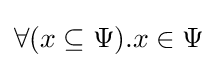
\forall (x\subseteq \Psi ).x\in \Psi